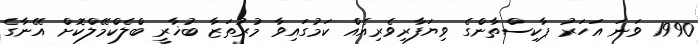
1990 ވަނަ އަހަރު ޕާކިސްތާންގެ ވިޔަފާރިވެރިއެއް ކަމުގައިވާ މުރުތަޒާ ބުޚާރީ ބްލެކްމޭލްކޮށް އޭނާގެ